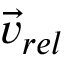
\vec { v } _ { r e l }